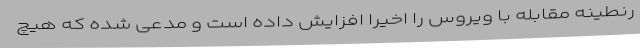
رنطینه مقابله با ویروس را اخیراً افزایش داده است و مدعی شده که هیچ